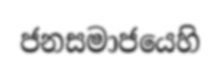
ජනසමාජයෙහි